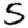
Digit: 5